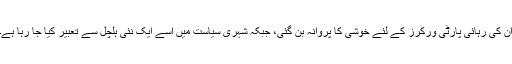
ان کی رہائی پارٹی ورکرز کے لئے خوشی کا پروانہ بن گئی، جبکہ شہری سیاست میں اسے ایک نئی ہلچل سے تعبیر کیا جا رہا ہے۔